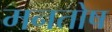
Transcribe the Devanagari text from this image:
मनतोष